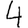
Digit: 4